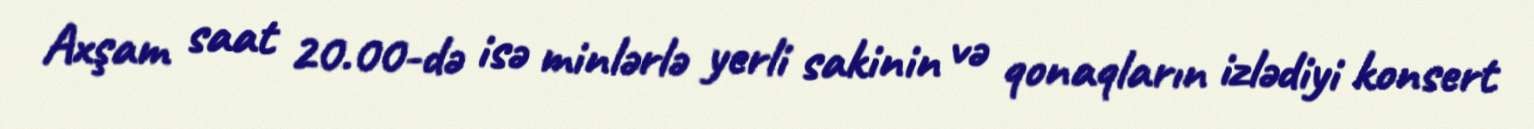
Axşam saat 20.00-də isə minlərlə yerli sakinin və qonaqların izlədiyi konsert